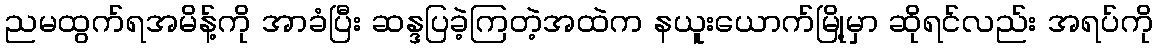
ညမထွက်ရအမိန့်ကို အာခံပြီး ဆန္ဒပြခဲ့ကြတဲ့အထဲက နယူးယောက်မြို့မှာ ဆိုရင်လည်း အရပ်ကို